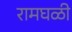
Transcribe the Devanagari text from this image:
रामघळी